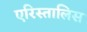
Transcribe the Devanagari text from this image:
एरिस्तालिस